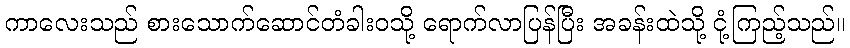
ကာလေးသည် စားသောက်ဆောင်တံခါးဝသို့ ရောက်လာပြန်ပြီး အခန်းထဲသို့ ငုံ့ကြည့်သည်။